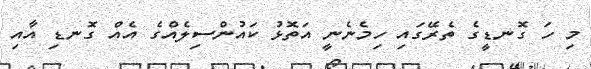
މި ހަ ގޮނޑީގެ ތެރޭގައި ހިމެނެނީ އަތޮޅު ކައުންސިލެއްގެ އެއް ގޮނޑި އާއި